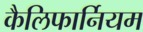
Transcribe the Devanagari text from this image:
कैलिफार्नियम